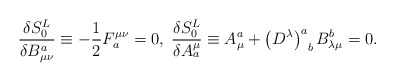
\begin{align*}\frac{\delta S_0^L}{\delta B_{\mu \nu }^a}\equiv -\frac12F_a^{\mu \nu }=0,\;\frac{\delta S_0^L}{\delta A_a^\mu }\equiv A_\mu^a+\left( D^\lambda \right) _{\;\;b}^aB_{\lambda \mu }^b=0.\end{align*}